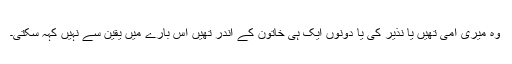
وہ میری امی تھیں‌ یا نذیر کی یا دونوں‌ ایک ہی خاتون کے اندر تھیں اس بارے میں‌ یقین سے نہیں‌ کہہ سکتی۔